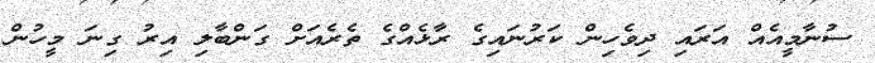
ސުނާމީއެއް އަރައި ދިވެހިން ކަރުނައިގެ ރާޅެއްގެ ތެރެއަށް ގަންބާލި އިރު ގިނަ މީހުން